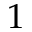
1